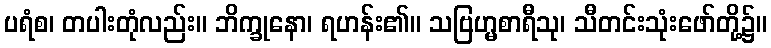
ပရံစ၊ တပါးတုံလည်း။ ဘိက္ခုနော၊ ရဟန်း၏။ သဗြဟ္မစာရီသု၊ သီတင်းသုံးဖော်တို့၌။